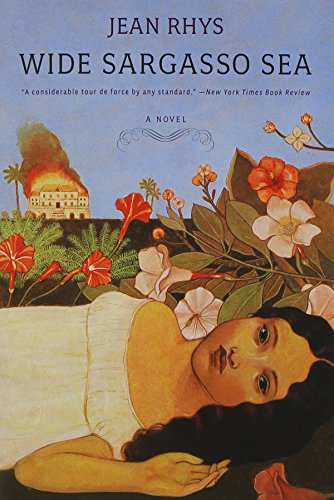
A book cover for Wide Sargasso Sea: A Novel; Jean Rhys; Literature & Fiction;